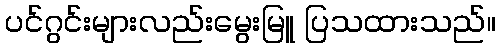
ပင်ဂွင်းများလည်းမွေးမြူ ပြသထားသည်။